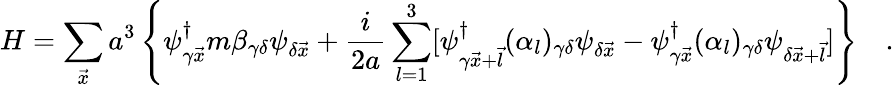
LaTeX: H=\sum_{\vec{x}}a^{3}\left\{ \psi_{\gamma\vec{x}}^{\dagger}m\beta_{\gamma\delta}\psi_{\delta\vec{x}}+\frac{i}{2a}\sum_{l=1}^{3}[\psi_{\gamma\vec{x}+\vec{l}}^{\dagger}(\alpha_{l})_{\gamma\delta}\psi_{\delta\vec{x}}-\psi_{\gamma\vec{x}}^{\dagger}(\alpha_{l})_{\gamma\delta}\psi_{\delta\vec{x}+\vec{l}}]\right\} \quad.